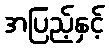
အပြည့်နှင့်